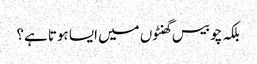
بلکہ چوبیس گھنٹوں میں ایسا ہوتا ہے؟